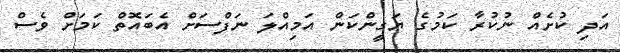
އަދި ކުށެއް ނުކުރާ ކަމުގެ ޔަގީންކަން އަމިއްލަ ނަފްސަށް އެބައޮތް ކަމަށް ވެސް